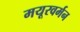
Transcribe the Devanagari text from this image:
मयूरवर्मन